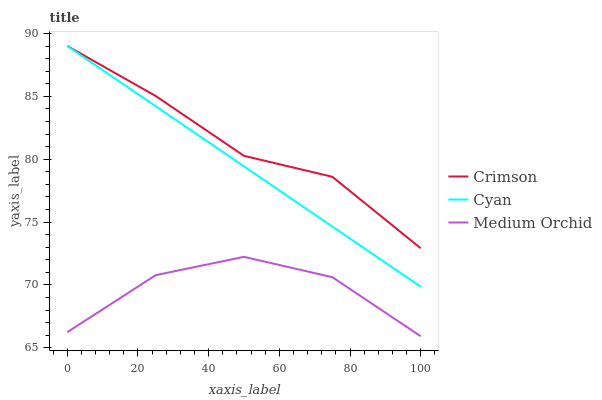
| xaxis_label | Crimson | Cyan | Medium Orchid |
 | --- | --- | --- | --- |
 | 0 | 89 | 89 | 66.2 |
 | 25 | 85 | 84.2 | 70.8 |
 | 50 | 80.3 | 79.4 | 72.2 |
 | 75 | 78.6 | 74.6 | 70.6 |
 | 100 | 72.9 | 69.9 | 65.9 |